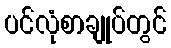
ပင်လုံစာချုပ်တွင်